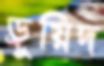
ড্রুয়িদ